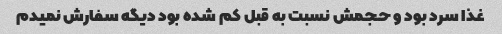
غذا سرد بود و حجمش نسبت به قبل کم شده بود دیگه سفارش نمیدم